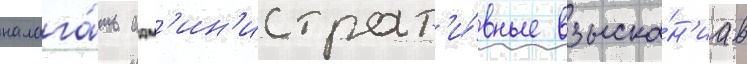
налага́ть адм'ин'истрат'и́вные взыска́н'иа в